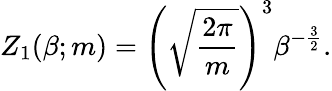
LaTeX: Z_{1}(\beta;m)=\left(\sqrt{\frac{2\pi}{m}}\right)^{3}\beta^{-\frac{3}{2}}.